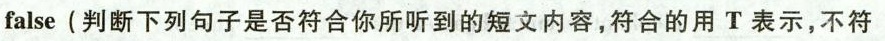
false(判断下列句子是否符合你所听到的短文内容,符合的用 T 表示,不符